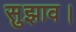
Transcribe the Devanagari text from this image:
सुझाव।